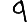
Digit: 9